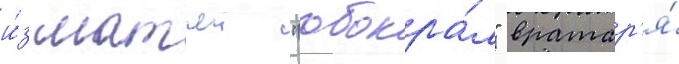
и́з матчеи "обокра́л" вратар'я́